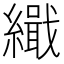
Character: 𮉋